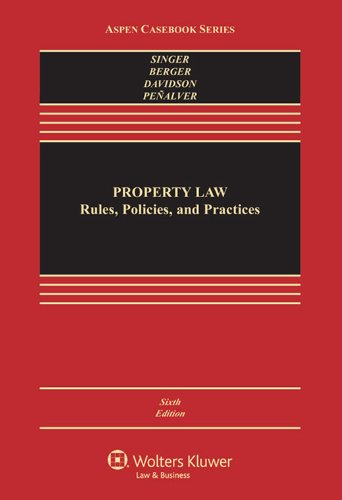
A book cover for Property Law: Rules Policies & Practices, Sixth Edition (Aspen Casebook); Joseph William Singer; Law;